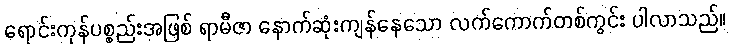
ရောင်းကုန်ပစ္စည်းအဖြစ် ရာမီဇာ နောက်ဆုံးကျန်နေသော လက်ကောက်တစ်ကွင်း ပါလာသည်။